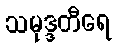
သမုဒ္ဒတီရေ